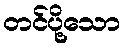
တင်ပို့သော